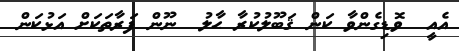
އެއީ  ވޮޑިގެންވާ ކަން ޤަބޫލުކުރާ ޙާލު  ނޫން ފަރާތަކަށް އަޅުކަން